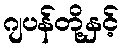
ဂျပန်တို့နှင့်